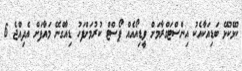
ކުޅޭކުޅޭ ބަޑިއަކާއެކު އިންސްޓަގްރާމަށް ވީޑިއޯއެއް ޕޯސްޓް ކުރުމަށްފަހު ޑިއާގްނޭ މައާފަށް އެދިއްޖެ 6